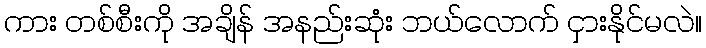
ကား တစ်စီးကို အချိန် အနည်းဆုံး ဘယ်လောက် ငှားနိုင်မလဲ။